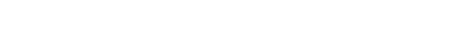
သင်္ကပ္ပေါ၊ တည်း။ ဣတိ၊ ကြောင့်။ သမ္မာသင်္ကပ္ပေါ၊ မည်၏။ အဘိရောပနဋ္ဌောတိ၊ ကား။ စိတ္တဿ၊ ကို။